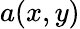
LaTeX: a(x,y)